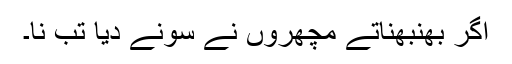
اگر بھنبھناتے مچھروں نے سونے دیا تب نا۔